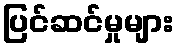
ပြင်ဆင်မှုများ